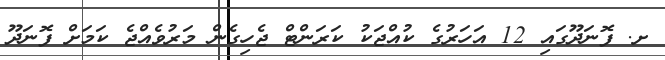
ށ. ފޮނަދޫގައި 12 އަހަރުގެ ކުއްޖަކު ކަރަންޓް ޖެހިގެން މަރުވެއްޖެ ކަމަށް ފޮނަދޫ